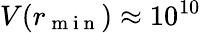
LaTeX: V(r_{\mathrm{~m~i~n~}})\approx 10^{10}